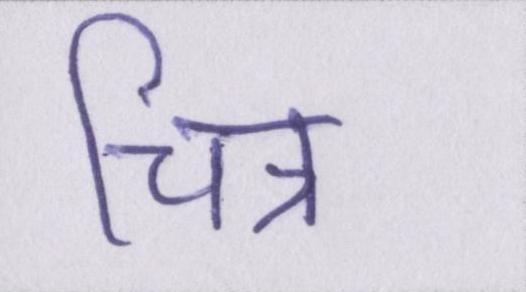
चित्र